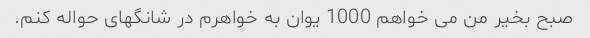
صبح بخیر من می خواهم 1000 یوان به خواهرم در شانگهای حواله کنم.